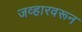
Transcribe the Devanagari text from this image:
जव्हारवरून